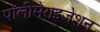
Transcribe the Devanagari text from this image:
पॉलीमेराइजेशन